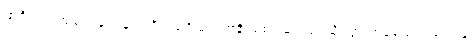
မာရိသာ၊ အချင်းနတ်များတို့။ သင်္ဂါမဂတာနံ၊ စစ်မြေအရပ်သို့သွားကုန်သော။ ဒေဝါနံ၊